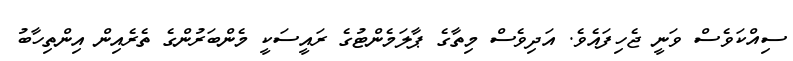
ސިއްކަވެސް ވަނީ ޖެހިފައެވެ. އަދިވެސް މިތާގެ ޕާލަމެންޓުގެ ރައީސަކީ މެންބަރުންގެ ތެރެއިން އިންތިހާބު